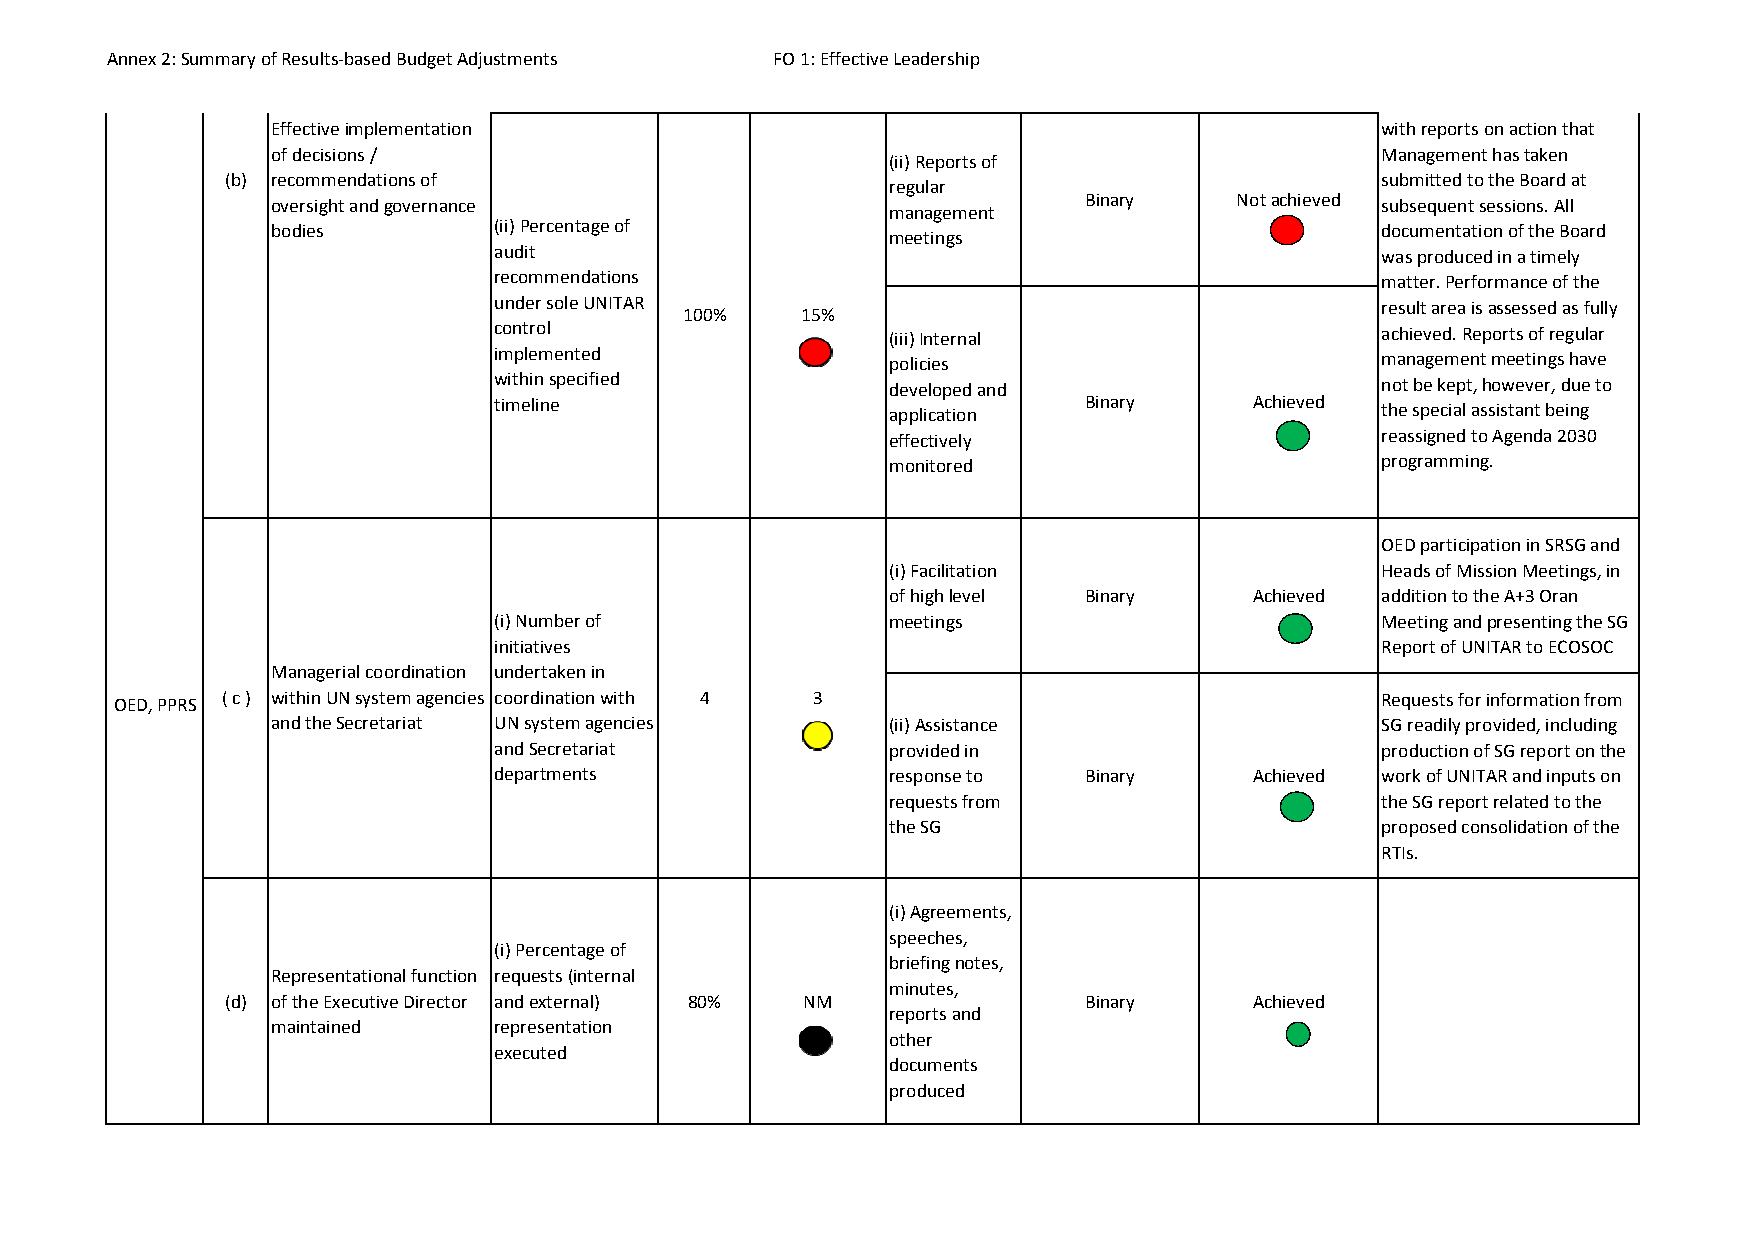
Annex 2: Summary of Results‐based Budget Adjustments FO 1: Effective Leadership
 Effective implementation                                                 with reports on action that
 of decisions /                                                           Management has taken
 (ii) Reports of
 (b) recommendations of                                                      submitted to the Board at
 regular
 oversight and governance                              Binary    Not achieved subsequent sessions. All
 management
 bodies         (ii) Percentage of                                        documentation of the Board
 meetings
 audit                                                     was produced in a timely
 recommendations                                           matter. Performance of the
 under sole UNITAR                                         result area is assessed as fully
 100%    15%
 control                   (iii) Internal                  achieved. Reports of regular
 implemented               policies                        management meetings have
 within specified          developed and                   not be kept, however, due to
 timeline                  application  Binary     Achieved the special assistant being
 effectively                     reassigned to Agenda 2030
 monitored                       programming.
 OED participation in SRSG and
 (i) Facilitation                Heads of Mission Meetings, in
 of high level Binary    Achieved addition to the A+3 Oran
 (i) Number of             meetings                        Meeting and presenting the SG
 initiatives                                               Report of UNITAR to ECOSOC
 Managerial coordination undertaken in
 OED, PPRS ( c ) within UN system agencies coordination with 4 3                    Requests for information from
 and the Secretariat UN system agencies   (ii) Assistance                 SG readily provided, including
 and Secretariat           provided in                     production of SG report on the
 departments               response to  Binary     Achieved work of UNITAR and inputs on
 requests from                   the SG report related to the
 the SG                          proposed consolidation of the
 RTIs.
 (i) Agreements,
 speeches,
 (i) Percentage of
 briefing notes,
 Representational function requests (internal
 minutes,
 (d) of the Executive Director and external) 80% NM       Binary     Achieved
 reports and
 maintained     representation
 other
 executed
 documents
 produced